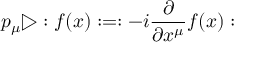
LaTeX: p _ { \mu } \triangleright : f ( x ) : = : - i \frac { \partial } { \partial x ^ { \mu } } f ( x ) :